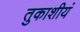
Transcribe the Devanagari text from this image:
तुकाशीयं